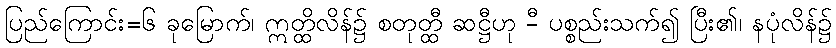
ပြည်ကြောင်း=၆ ခုမြောက်၊ ဣတ္ထိလိန်၌ စတုတ္ထီ ဆဋ္ဌီဟု -ီ ပစ္စည်းသက်၍ ပြီး၏၊ နပုံလိန်၌